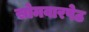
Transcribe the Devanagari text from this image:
सोमवारपेठ